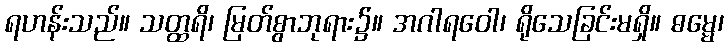
ရဟန်းသည်။ သတ္ထရိ၊ မြတ်စွာဘုရား၌။ အဂါရဝေါ၊ ရိုသေခြင်းမရှိ။ ဓမ္မေ၊